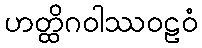
ဟတ္ထိဂဝါဿဝဠဝံ